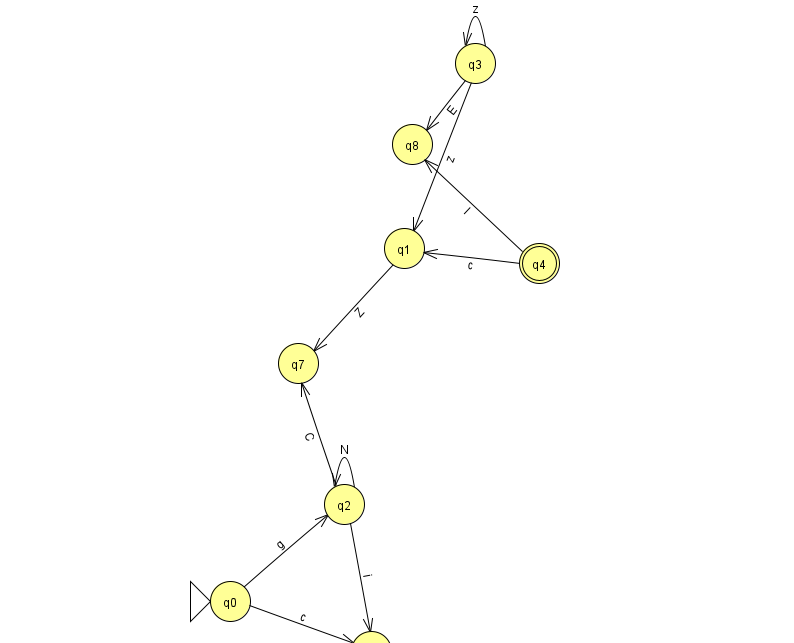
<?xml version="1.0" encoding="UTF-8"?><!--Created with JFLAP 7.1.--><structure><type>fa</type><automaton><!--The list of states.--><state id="0" name="q0"><x>230.0</x><y>588.0</y><initial/></state><state id="1" name="q1"><x>404.0</x><y>235.0</y></state><state id="2" name="q2"><x>344.0</x><y>491.0</y></state><state id="3" name="q3"><x>475.0</x><y>50.0</y></state><state id="4" name="q4"><x>539.0</x><y>250.0</y><final/></state><state id="6" name="q6"><x>371.0</x><y>638.0</y></state><state id="7" name="q7"><x>298.0</x><y>350.0</y></state><state id="8" name="q8"><x>412.0</x><y>131.0</y></state><!--The list of transitions.--><transition><from>3</from><to>1</to><read>z</read></transition><transition><from>2</from><to>6</to><read>i</read></transition><transition><from>0</from><to>6</to><read>c</read></transition><transition><from>1</from><to>7</to><read>Z</read></transition><transition><from>3</from><to>8</to><read>E</read></transition><transition><from>3</from><to>3</to><read>z</read></transition><transition><from>4</from><to>8</to><read>l</read></transition><transition><from>0</from><to>2</to><read>g</read></transition><transition><from>2</from><to>2</to><read>N</read></transition><transition><from>4</from><to>1</to><read>c</read></transition><transition><from>2</from><to>7</to><read>C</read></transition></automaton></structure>